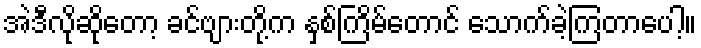
အဲဒီလိုဆိုတော့ ခင်ဗျားတို့က နှစ်ကြိမ်တောင် သောက်ခဲ့ကြတာပေါ့။